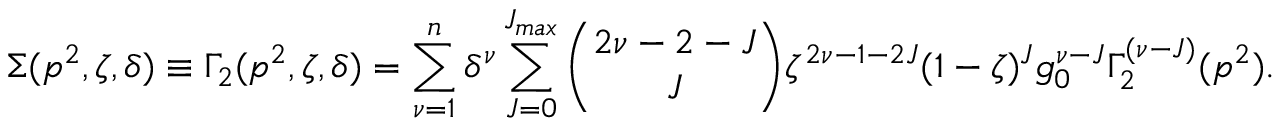
\Sigma ( p ^ { 2 } , \zeta , \delta ) \equiv \Gamma _ { 2 } ( p ^ { 2 } , \zeta , \delta ) = \sum _ { \nu = 1 } ^ { n } \delta ^ { \nu } \sum _ { J = 0 } ^ { J _ { m a x } } { \binom { 2 \nu - 2 - J } { J } } \zeta ^ { 2 \nu - 1 - 2 J } ( 1 - \zeta ) ^ { J } g _ { 0 } ^ { \nu - J } \Gamma _ { 2 } ^ { ( \nu - J ) } ( p ^ { 2 } ) .